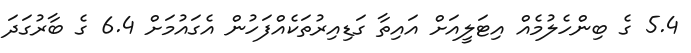
5.4 ގެ ބިންހެލުމެއް އިޓަލީއަށް އައިތާ ގަޑިއިރުތަކެއްފަހުން އެގައުމަށް 6.4 ގެ ބާރުގަދަ